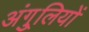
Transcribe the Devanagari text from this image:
अंगु्लियों